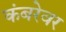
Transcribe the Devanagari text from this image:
कंबरेवर